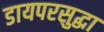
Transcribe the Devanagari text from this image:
डायपरसुद्धा